Leaving Certificate Examination (including Day School Certificate (Higher) General paper), 1936
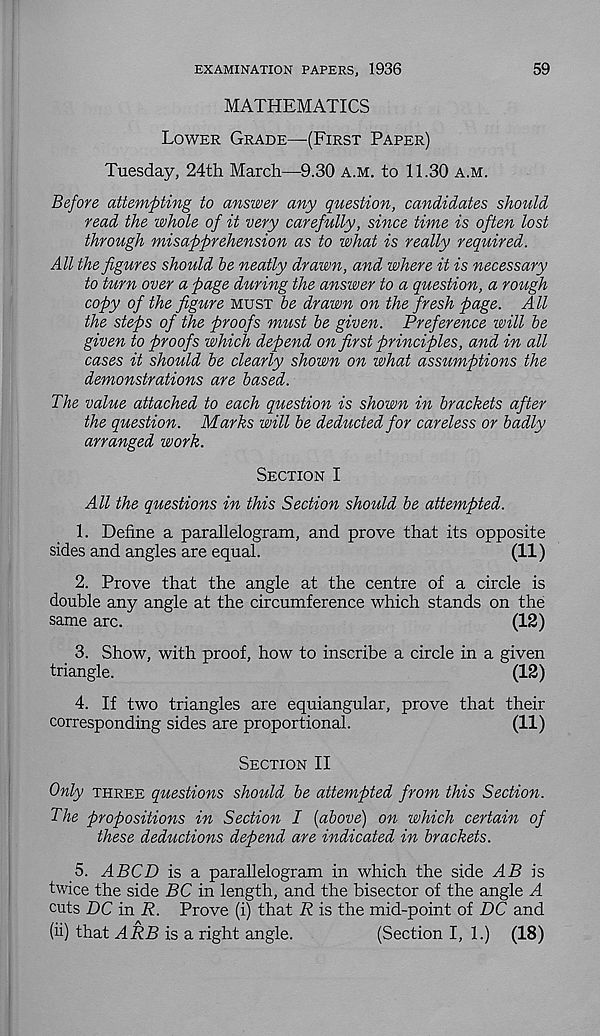
EXAMINATION PAPERS, 1936
59
MATHEMATICS
Lower Grade—(First Paper)
Tuesday, 24th March—9.30 a.m. to 11.30 a.m.
Before attempting to answer any question, candidates should
read the whole of it very carefully, since time is often lost
through misapprehension as to what is really required.
All the figures should be neatly drawn, and where it is necessary
to turn over a page during the answer to a question, a rough
copy of the figure must be drawn on the fresh page. All
the steps of the proofs must be given. Preference will be
given to proofs which depend on first principles, and in all
cases it should be clearly shown on what assumptions the
demonstrations are based.
The value attached to each question is shown in brackets after
the question. Marks will be deducted for careless or badly
arranged work.
Section I
All the questions in this Section should be attempted.
1. Define a parallelogram, and prove that its opposite
sides and angles are equal.
(11)
2. Prove that the angle at the centre of a circle is
double any angle at the circumference which stands on the
same arc.
(12)
3. Show, with proof, how to inscribe a circle in a given
triangle.
(12)
4. If two triangles are equiangular, prove that their
corresponding sides are proportional.
(11)
Section II
Only three questions should be attempted from this Section.
The propositions in Section I [above) on which certain of
these deductions depend are indicated in brackets.
5. ABCD is a. parallelogram in which the side AB is
twice the side BC in length, and the bisector of the angle A
cuts DC in R. Prove (i) that R is the mid-point of DC and
(ii) that ARB is a right angle.
(Section I, 1.) (18)